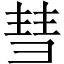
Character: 彗